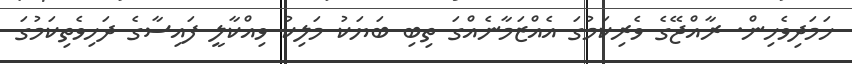
ހަމަދިވެހިން. ރާއްޖޭގެ ވެރިކަމުގަ އެއްޒަމާނެއްގަ ތިބި ބަޔަކު މަލިކު ވިއްކާލީ ފައިސާގެ ދަހިވެތިކަމުގަ